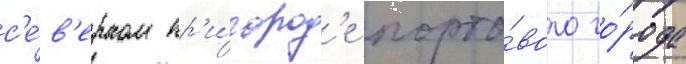
с'е́в'ерном пр'и́город'е порто́вого го́рода